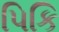
પિકિ